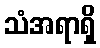
သံအရာရှိ